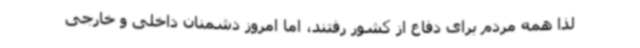
لذا همه مردم برای دفاع از کشور رفتند، اما امروز دشمنان داخلی و خارجی